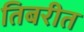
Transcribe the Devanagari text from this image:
तिबरीत